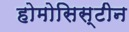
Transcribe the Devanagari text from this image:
होमोसिस्टीन